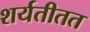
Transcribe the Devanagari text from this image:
शर्यतीतत